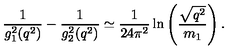
{ \frac { 1 } { g _ { 1 } ^ { 2 } ( q ^ { 2 } ) } } - { \frac { 1 } { g _ { 2 } ^ { 2 } ( q ^ { 2 } ) } } \simeq { \frac { 1 } { 2 4 \pi ^ { 2 } } } \ln \left( { \frac { \sqrt { q ^ { 2 } } } { m _ { 1 } } } \right) .